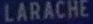
LARACHE